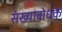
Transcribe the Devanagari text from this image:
संख्याबोधक